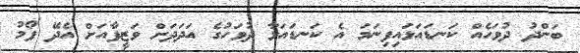
ބަންދު ދުވަހެއް ކަނޑައަޅައިފިނަމަ އެ ކަނޑައަޅާ ދުވަހުގެ އަދަދަށް ވަޒީފާއަށް އެދޭ ފޯމު